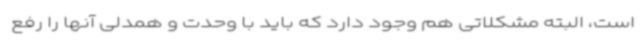
است، البته مشکلاتی هم وجود دارد که باید با وحدت و همدلی آنها را رفع